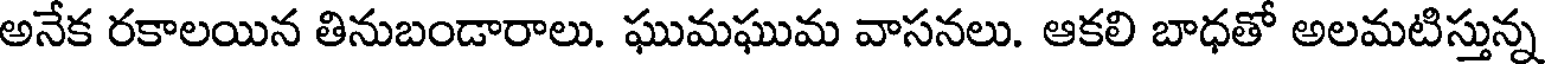
అనేక రకాలయిన తినుబండారాలు. ఘుమఘుమ వాసనలు. ఆకలి బాధతో అలమటిస్తున్న